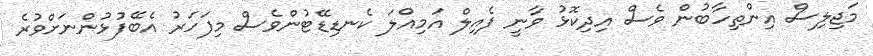
މަޖިލިސް އިންތިހާބުން ވެސް އިދިކޮޅު ވާނީ ފެއިލް އަމިއްލަ ކެނޑިޑޭޓުންވެސް މިފަހަރު އެބޭފުޅުންނަށްވުރެ